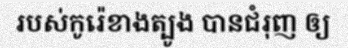
របស់កូរ៉េខាងត្បូង បានជំរុញ ឲ្យ